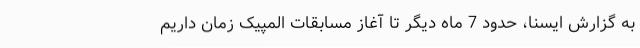
به گزارش ایسنا، حدود 7 ماه دیگر تا آغاز مسابقات المپیک زمان داریم